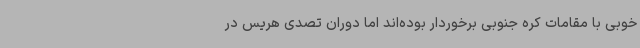
خوبی با مقامات کره جنوبی برخوردار بوده‌اند اما دوران تصدی هریس در